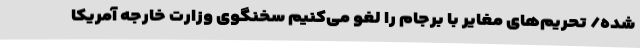
شده/ تحریم‌های مغایر با برجام را لغو می‌کنیم سخنگوی وزارت خارجه آمریکا